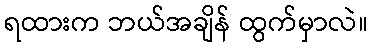
ရထားက ဘယ်အချိန် ထွက်မှာလဲ။